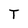
Character: T